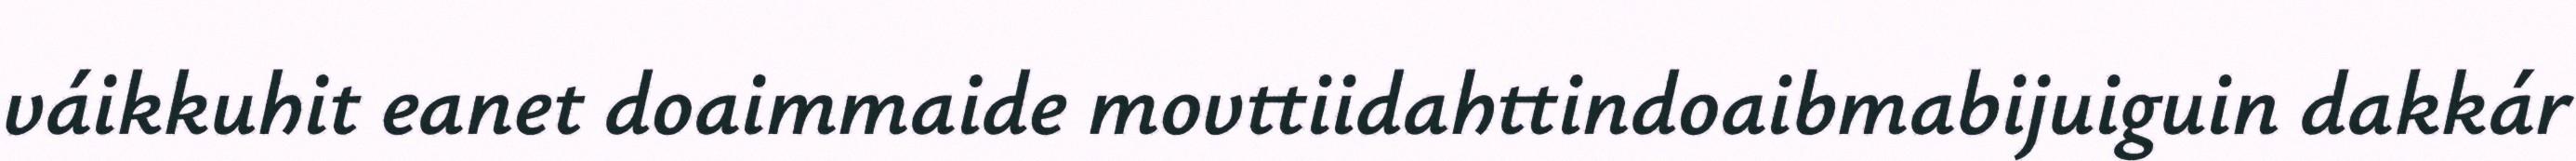
váikkuhit eanet doaimmaide movttiidahttindoaibmabijuiguin dakkár